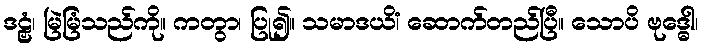
ဒဠှံ၊ မြဲမြံသည်ကို။ ကတွာ၊ ပြု၍။ သမာဒယိံ၊ ဆောက်တည်ပြီ။ သောပိ ဗုဒ္ဓေါ၊